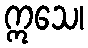
ဣသေ၊